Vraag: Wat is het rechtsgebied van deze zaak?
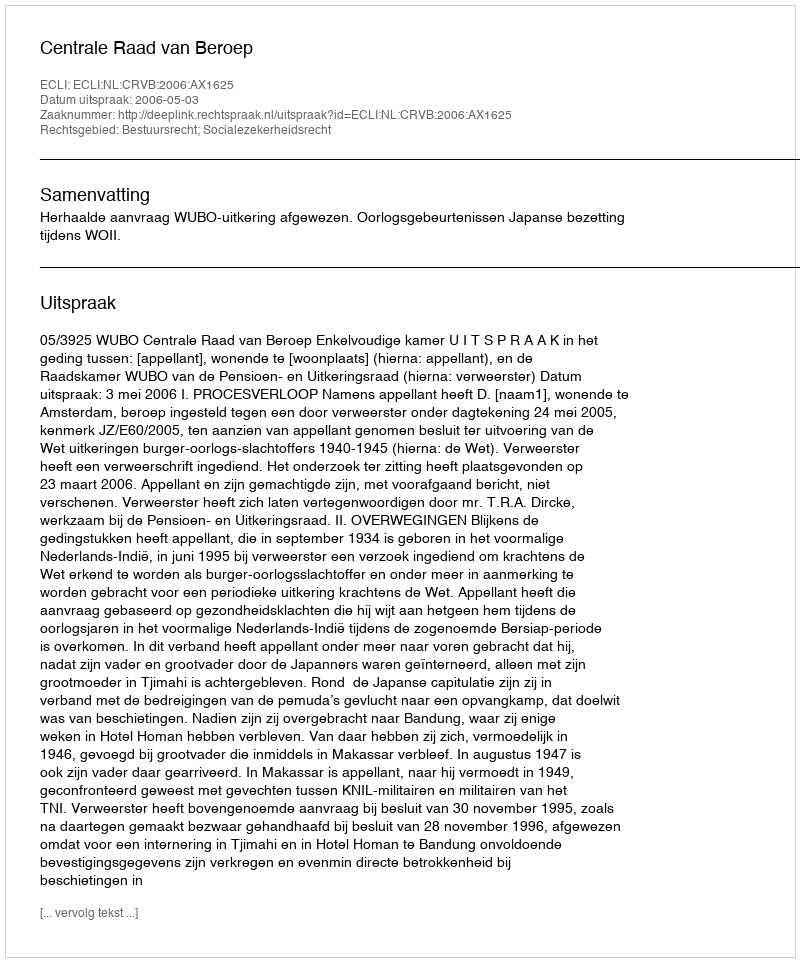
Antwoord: Bestuursrecht; Socialezekerheidsrecht